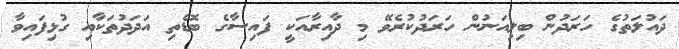
ދައުލަތުގެ ހަރަދުން ބިލިއަނުން ހަރަދުކުރެވޭ މި ދާއިރާއަކީ ފައިސާގެ ބޮޑެތި އަދަދުތަކާއި ގުޅިފައިވާ